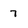
Character: 7